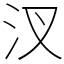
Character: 汊